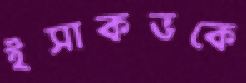
ইসাকভকে